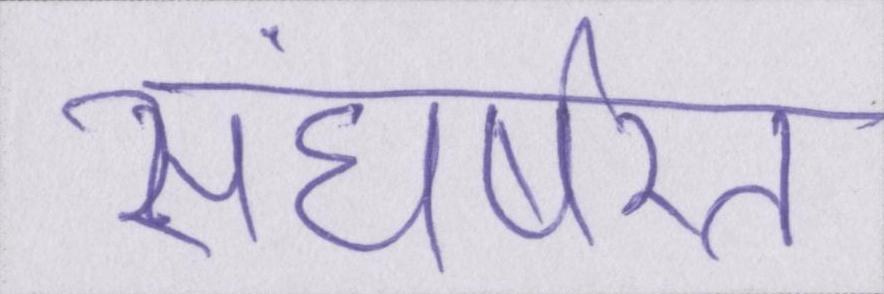
संघर्षरत